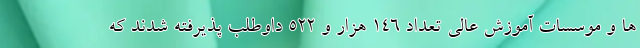
ها و موسسات آموزش عالی تعداد ۱۴۶ هزار و ۵۲۲ داوطلب پذیرفته شدند که